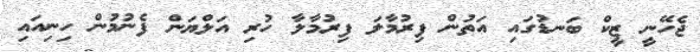
ޖެހޭނީ ޒީކް ބަނޑުގައި އަތުން ފިރުމާލަ ފިރުމާލާ ހުރި އަލްޔަން ފެނުމުން ހިނިއައި